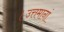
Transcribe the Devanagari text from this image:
।उत्तमानां